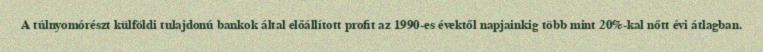
A túlnyomórészt külföldi tulajdonú bankok által előállított profit az 1990-es évektől napjainkig több mint 20%-kal nőtt évi átlagban.